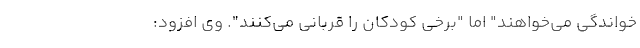
خواندگی می‌خواهند" اما "برخی کودکان را قربانی می‌کنند". وی افزود: